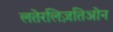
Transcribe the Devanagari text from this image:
लतेरलिज़तिओन